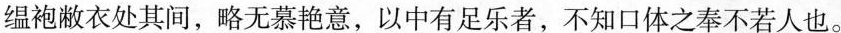
缊袍敝衣处其间，略无慕艳意，以中有足乐者，不知口体之奉不若人也。